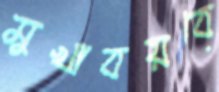
মুখাবয়বে